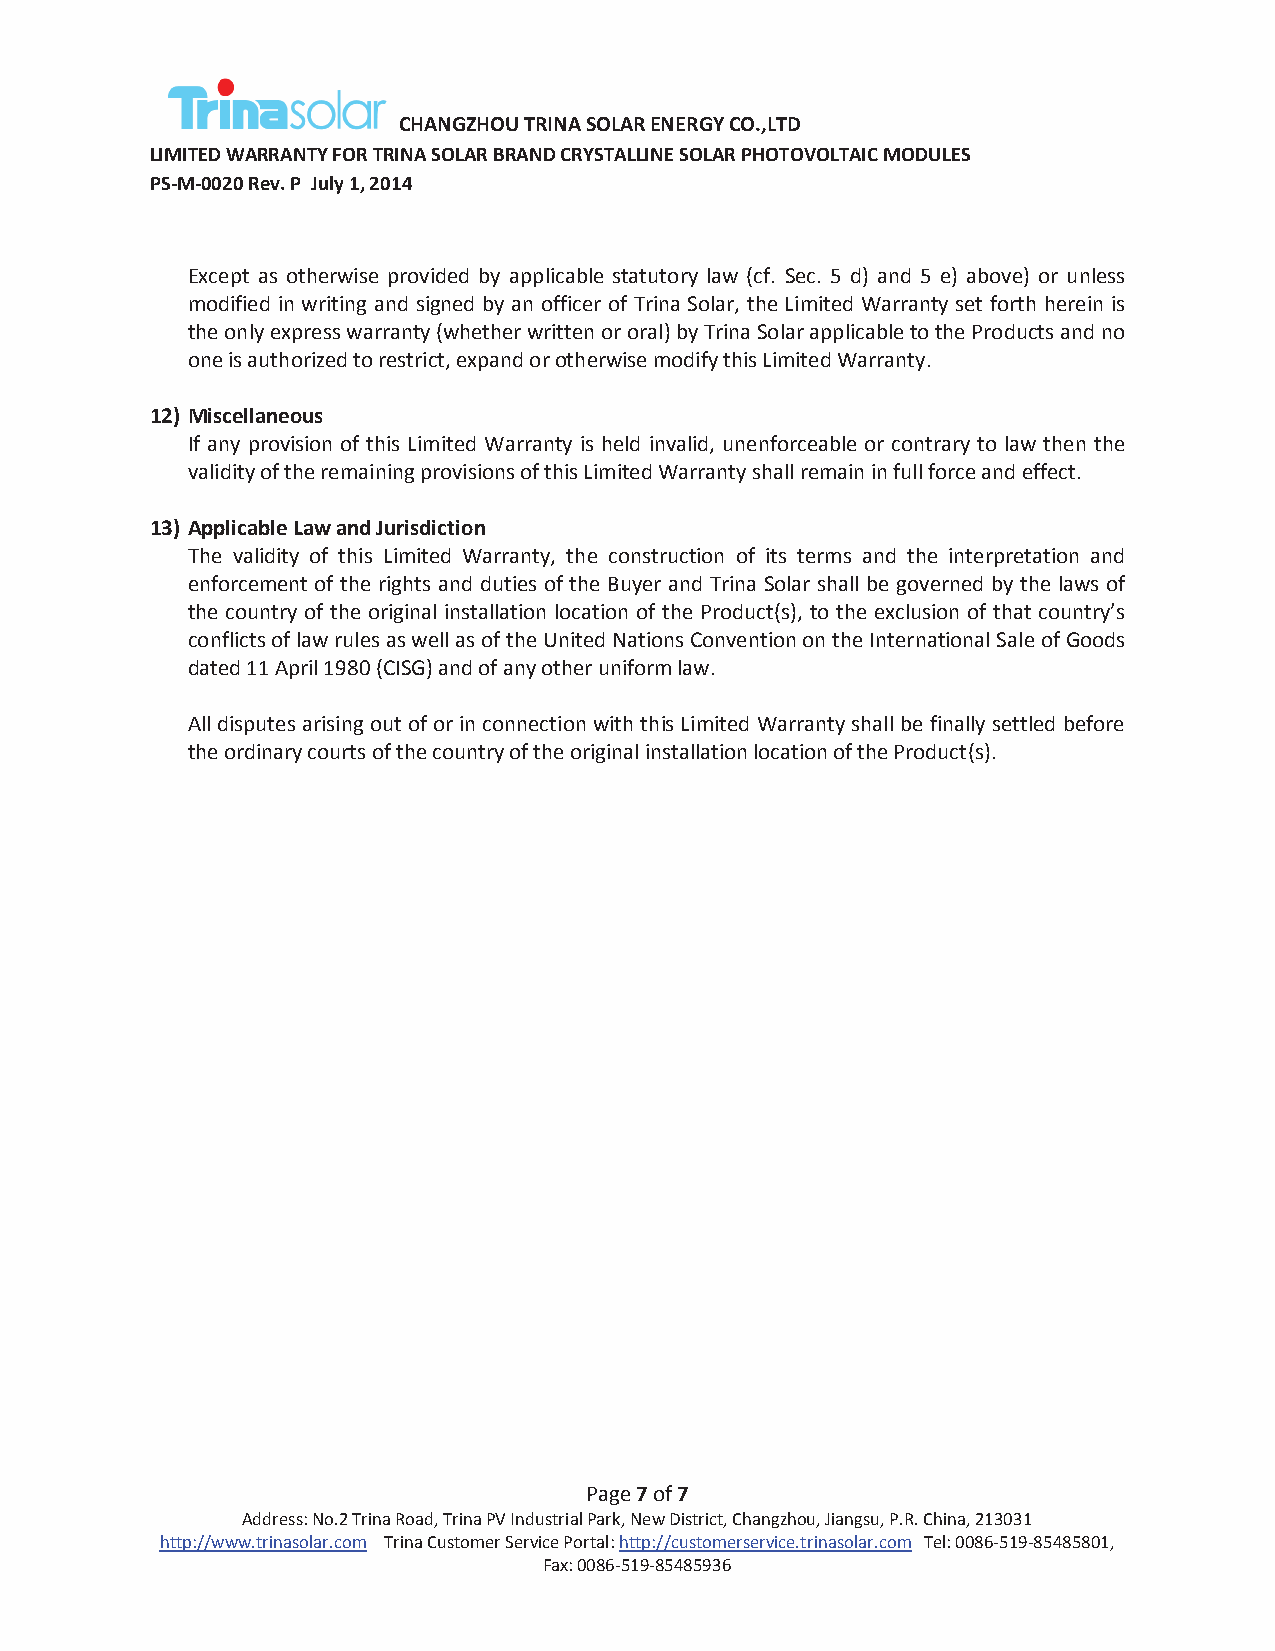
CHANGZHOU TRINA SOLAR ENERGY CO.,LTD
 LIMITED WARRANTY FOR TRINA SOLAR BRAND CRYSTALLINE SOLAR PHOTOVOLTAIC MODULES
 PS-M-0020 Rev. P July 1, 2014
 Except as otherwise provided by applicable statutory law (cf. Sec. 5 d) and 5 e) above) or unless
 modified in writing and signed by an officer of Trina Solar, the Limited Warranty set forth herein is
 the only express warranty (whether written or oral) by Trina Solar applicable to the Products and no
 one is authorized to restrict, expand or otherwise modify this Limited Warranty.
 12) Miscellaneous
 If any provision of this Limited Warranty is held invalid, unenforceable or contrary to law then the
 validity of the remaining provisions of this Limited Warranty shall remain in full force and effect.
 13) Applicable Law and Jurisdiction
 The validity of this Limited Warranty, the construction of its terms and the interpretation and
 enforcement of the rights and duties of the Buyer and Trina Solar shall be governed by the laws of
 the country of the original installation location of the Product(s), to the exclusion of that country’s
 conflicts of law rules as well as of the United Nations Convention on the International Sale of Goods
 dated 11 April 1980 (CISG) and of any other uniform law.
 All disputes arising out of or in connection with this Limited Warranty shall be finally settled before
 the ordinary courts of the country of the original installation location of the Product(s).
 Page 7 of 7
 Address: No.2 Trina Road, Trina PV Industrial Park, New District, Changzhou, Jiangsu, P.R. China, 213031
 http://www.trinasolar.com Trina Customer Service Portal: http://customerservice.trinasolar.com Tel: 0086-519-85485801,
 Fax: 0086-519-85485936